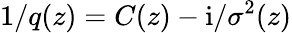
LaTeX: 1/q(z)=C(z)-\mathrm{i}/\sigma^{2}(z)